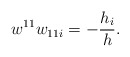
\begin{align*}w^{11}w_{11i}=-\frac{h_{i}}{h}.\end{align*}